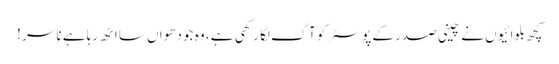
کچھ بلوائیوَں نے چینی صدر کے پوسٹر کو آگ لگا رکھی ہے ، وہ جو دھواں سا اٹھ رہا ہے نا سر !